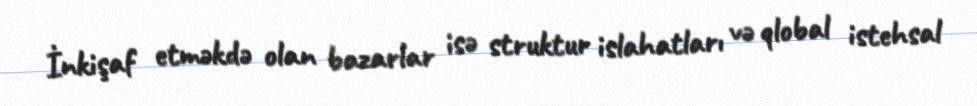
İnkişaf etməkdə olan bazarlar isə struktur islahatları və qlobal istehsal